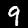
Digit: 9